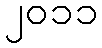
၂၀၁၁